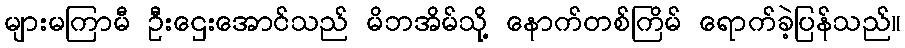
များမကြာမီ ဦးဌေးအောင်သည် မိဘအိမ်သို့ နောက်တစ်ကြိမ် ရောက်ခဲ့ပြန်သည်။